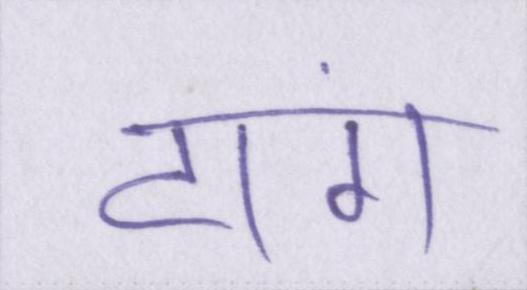
टांग